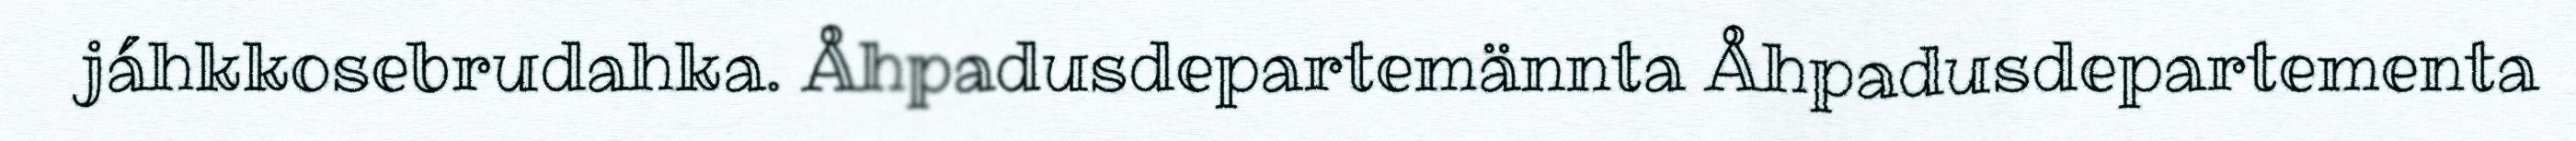
jáhkkosebrudahka. Åhpadusdepartemännta Åhpadusdepartementa